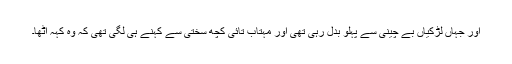
اور جہاں لڑکیاں بے چینی سے پہلو بدل رہی تھی اور مہتاب تائی کچھ سختی سے کہنے ہی لگی تھی کہ وہ کہہ اٹھا۔